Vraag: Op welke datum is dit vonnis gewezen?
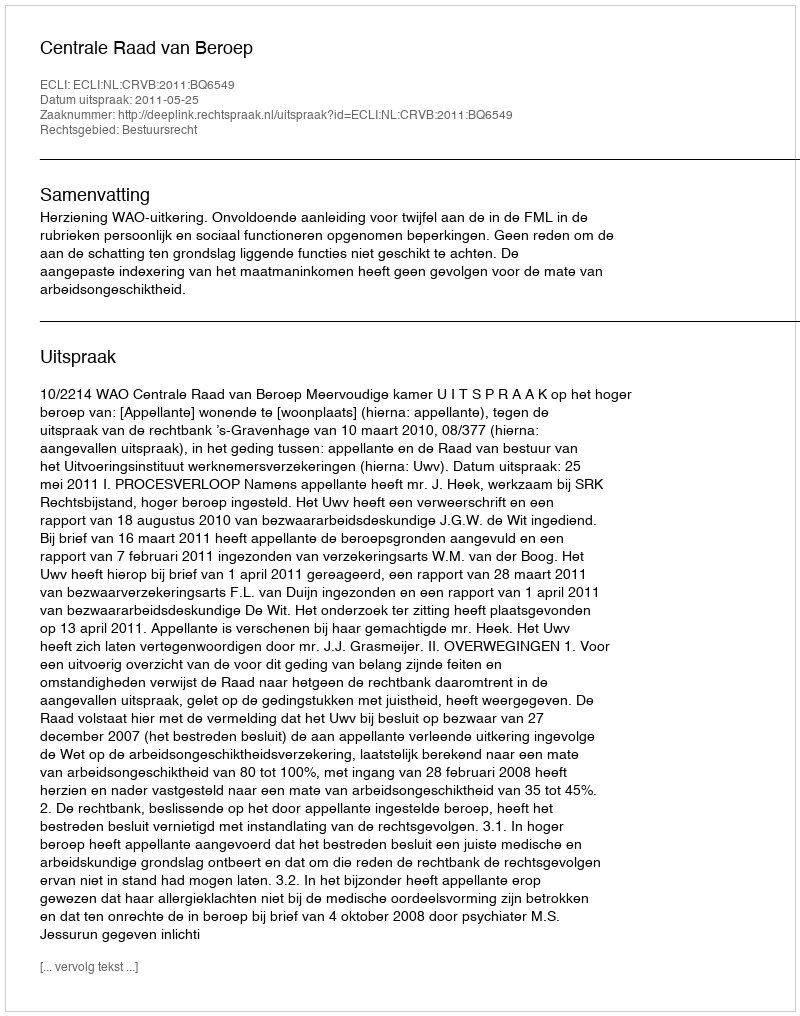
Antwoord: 2011-05-25